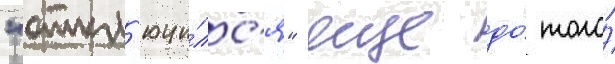
"откл'ючи́лс'я" еще до́ того́